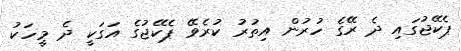
ޕެކޭޖުގައި ދެ ރޭގެ ހުރުން އިތުރު ކުރެވޭ ޕެކޭޖުގެ އަގަކީ ދެ މީހަކު